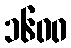
၁၆၀၀